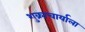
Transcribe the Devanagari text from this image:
शुक्राचार्याला